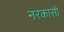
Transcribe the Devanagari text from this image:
नरकासी